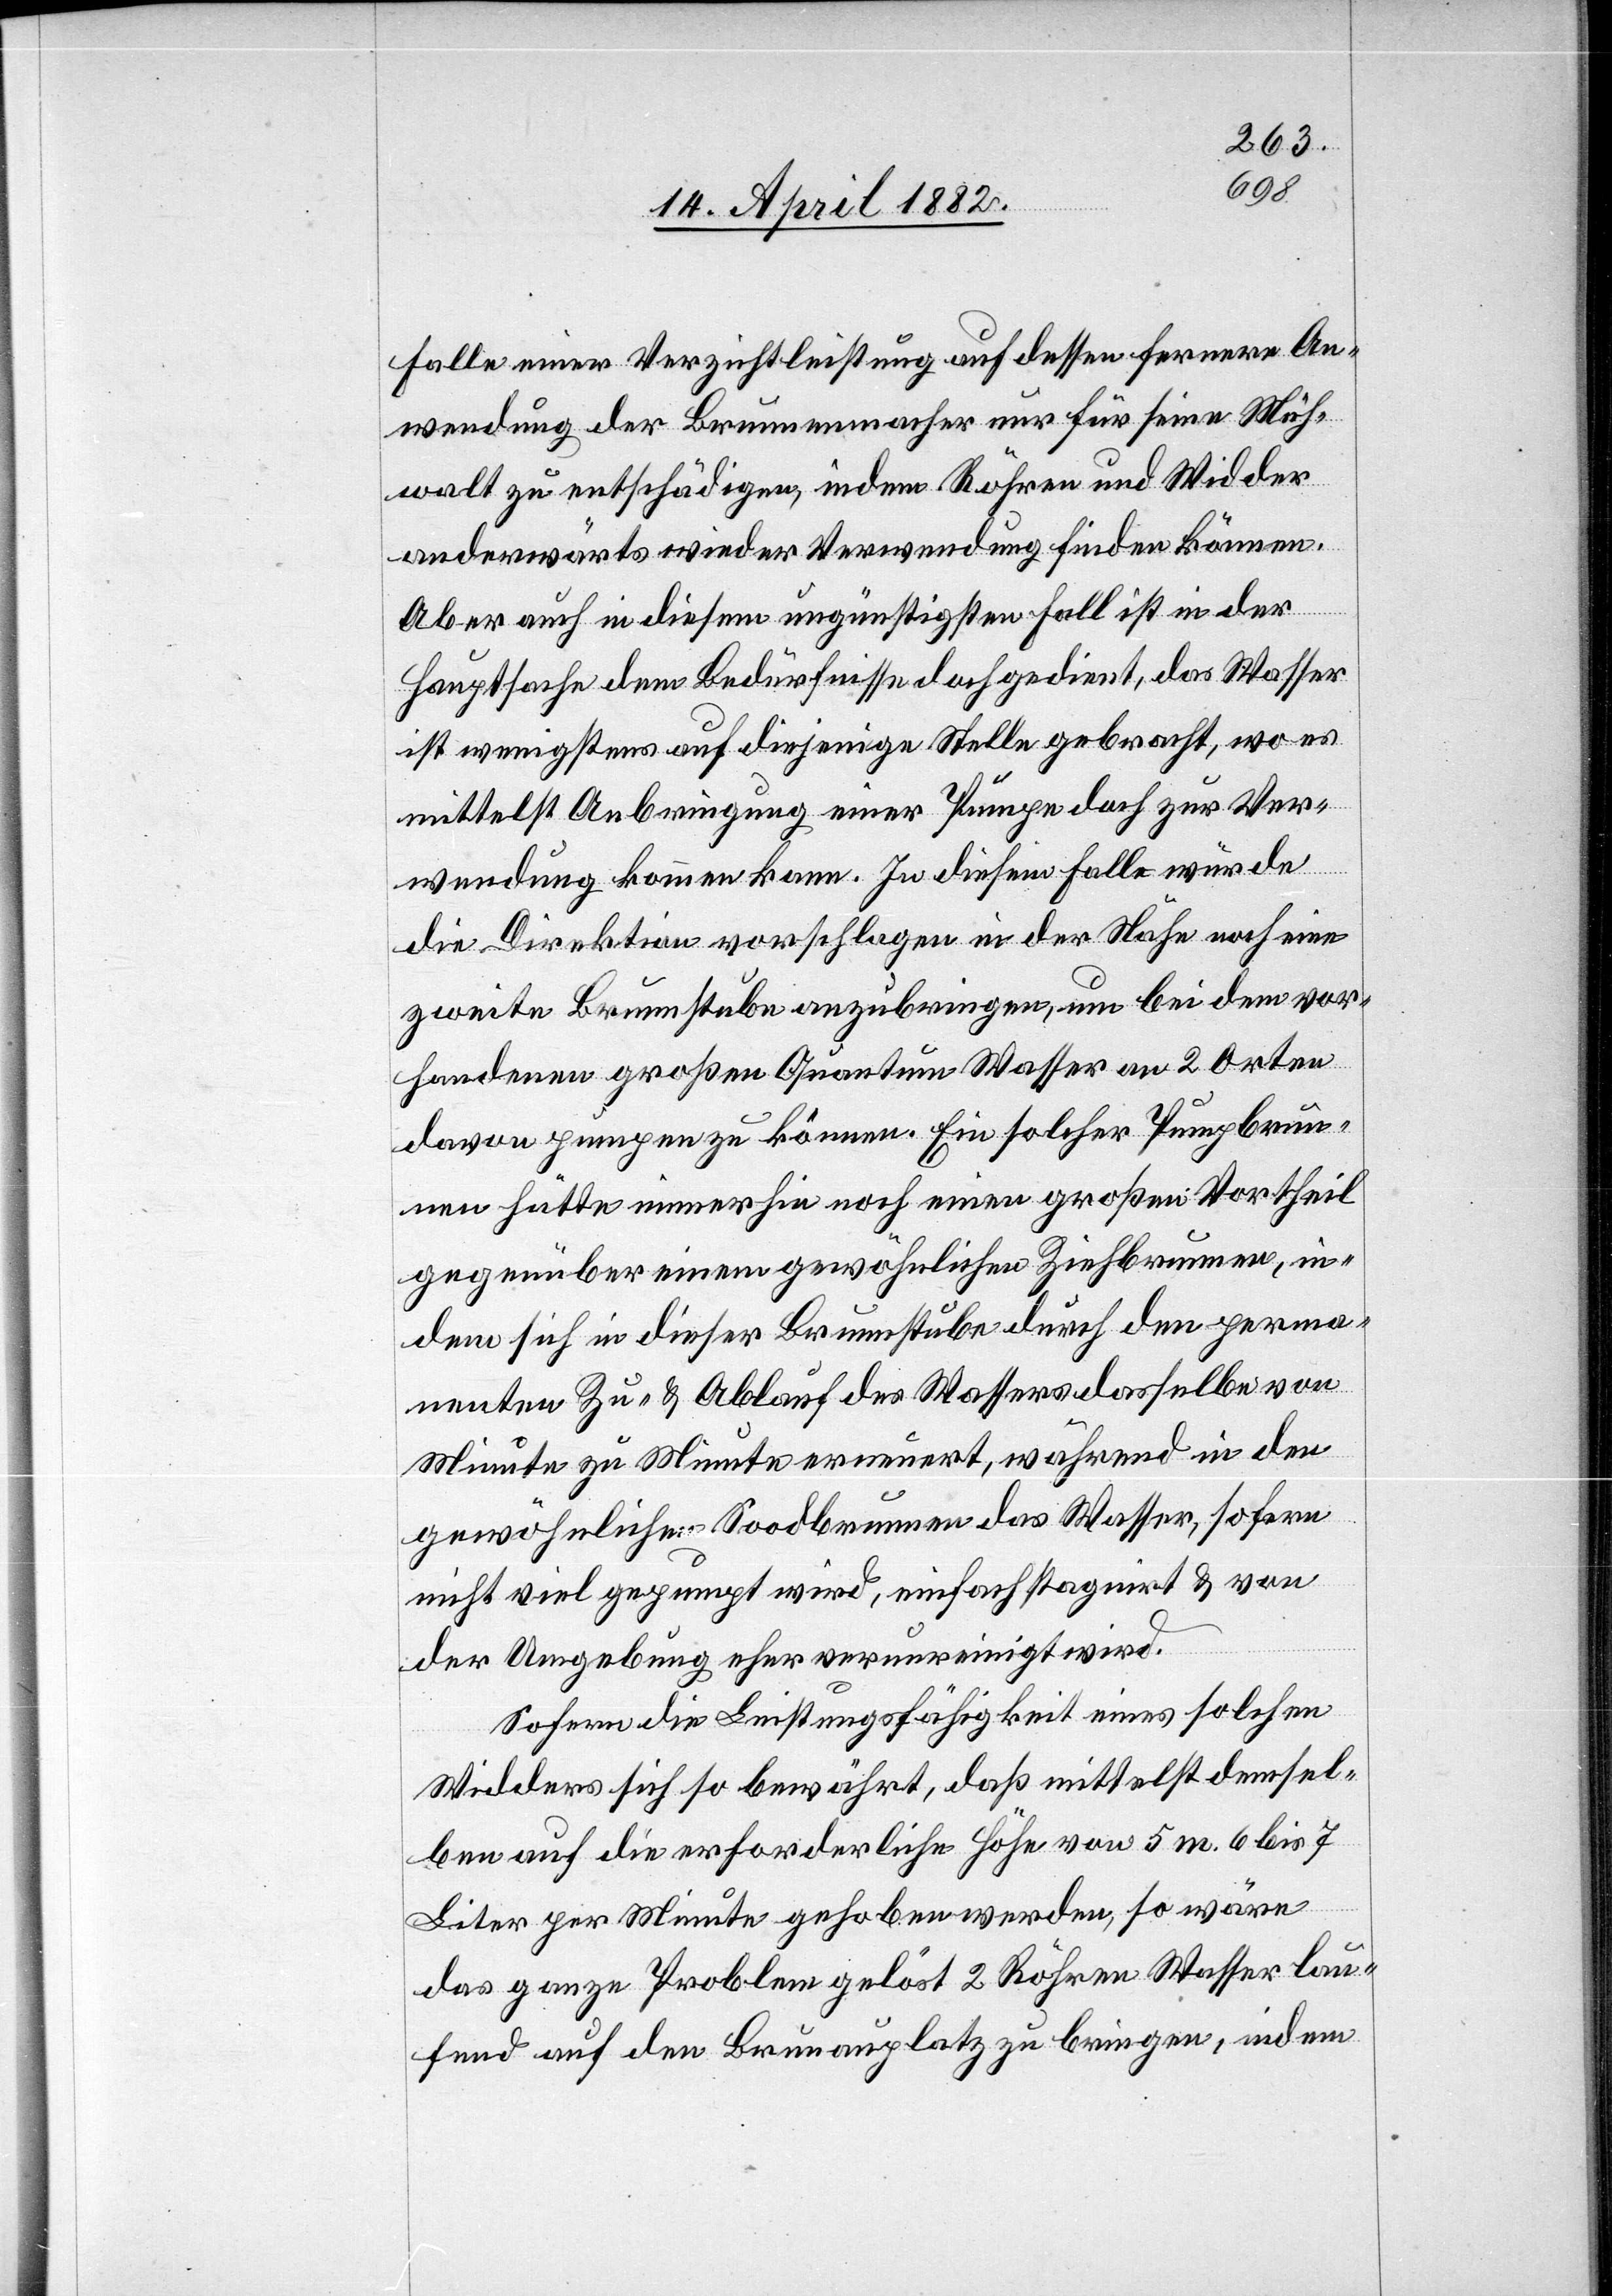
Falle einer Verzichtleistung auf dessen fernere An¬
wendung der Brunnenmacher nur für seine Müh¬
walt zu entschädigen, indem Röhren und Widder
anderwärts wieder Verwendung finden können.
Aber auch in diesem ungünstigsten Fall ist in der
Hauptsache dem Bedürfnisse doch gedient, das Wasser
ist wenigstens auf diejenige Stelle gebracht, wo es
mittelst Anbringung einer Pumpe doch zur Ver¬
wendung kommen kann. In diesem Falle würde
die Direktion vorschlagen in der Nähe noch eine
zweite Brunnstube anzubringen, um bei dem vor¬
handenen großen Quantum Wasser an 2 Orten
davon pumpen zu können. Ein solcher Pumpbrun¬
nen hätte immerhin noch einen großen Vortheil
gegenüber einem gewöhnlichen Ziehbrunnen, in¬
dem sich in dieser Brunnstube durch den perma¬
nenten Zu- & Ablauf des Wassers dasselbe von
Minute zu Minute erneuert, während in den
gewöhnlichen Soodbrunnen das Wasser, sofern
nicht viel gepumpt wird, einfach stagnirt & von
der Umgebung eher verunreinigt wird.
Sofern die Leistungsfähigkeit eines solchen
Widders sich so bewährt, daß mittelst demsel¬
ben auf die erforderliche Höhe von 5 m. 6 bis 7
Liter per Minute gehoben werden, so wäre
das ganze Problem gelöst 2 Röhren Wasser lau¬
fend auf den Brunauplatz zu bringen, indem